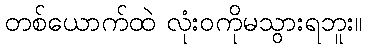
တစ်ယောက်ထဲ လုံးဝကိုမသွားရဘူး။